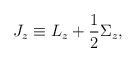
\begin{align*}J_z \equiv L_z + {1 \over 2} \Sigma_z, \end{align*}